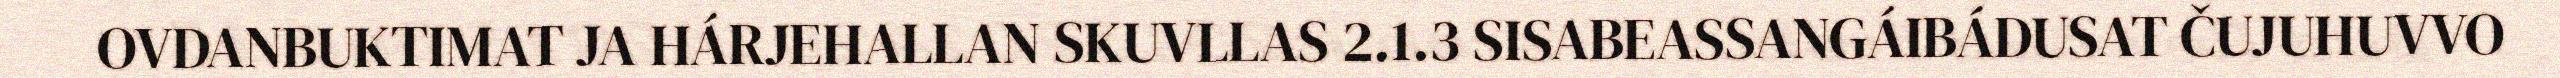
OVDANBUKTIMAT JA HÁRJEHALLAN SKUVLLAS 2.1.3 SISABEASSANGÁIBÁDUSAT ČUJUHUVVO